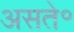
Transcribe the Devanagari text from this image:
असते॰